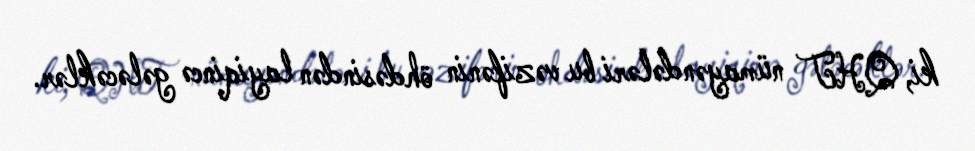
ki, QHT nümayəndələri bu vəzifənin öhdəsindən layiqincə gələcəklər.